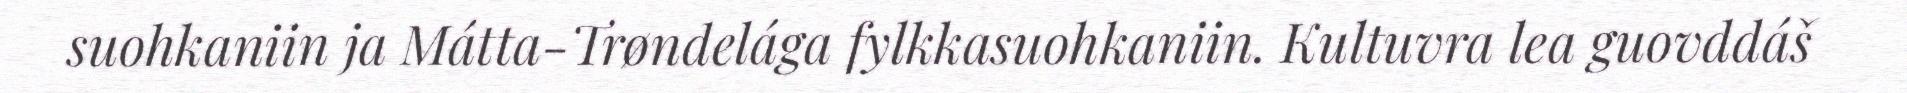
suohkaniin ja Mátta-Trøndelága fylkkasuohkaniin. Kultuvra lea guovddáš